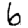
Digit: 6